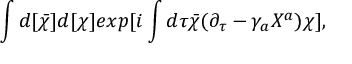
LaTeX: \int d [ { \bar { \chi } } ] d [ \chi ] e x p [ i \int d \tau { \bar { \chi } } ( \partial _ { \tau } - \gamma _ { a } X ^ { a } ) \chi ] ,